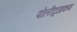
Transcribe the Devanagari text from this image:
पोलीट्राइकम